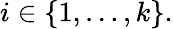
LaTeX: i\in\{ 1,\ldots,k\} .